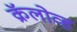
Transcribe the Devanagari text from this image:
क्रॅलोव्ह